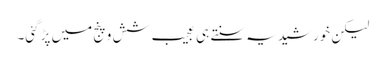
لیکن خورشید یہ سنتے ہی عجیب شش و پنج میں پڑ گئی۔